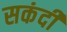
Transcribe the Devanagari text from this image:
सकंदी